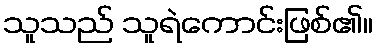
သူသည် သူရဲကောင်းဖြစ်၏။